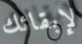
لإبقائك